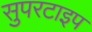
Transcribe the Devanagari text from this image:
सुपरटाइप